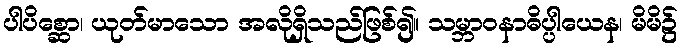
ပါပိစ္ဆော၊ ယုတ်မာသော အလိုရှိသည်ဖြစ်၍။ သမ္ဘာဝနာဓိပ္ပါယေန၊ မိမိ၌